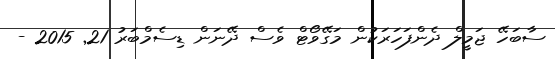
ސާބަހޭ ޖަމީލް ދެންފަހަރަކުން މަގޭވޯޓް ވެސް ދޭނަން ޑިސެމްބަރު 21